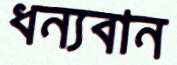
ধন্যবান